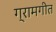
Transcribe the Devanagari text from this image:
ग्रामगीत